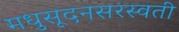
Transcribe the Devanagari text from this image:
मधुसूदनसरस्वती